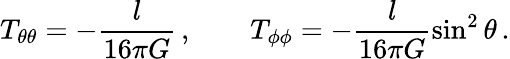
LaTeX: T_{\theta\theta}=-\frac{l}{16\pi G}\, ,\qquad T_{\phi\phi}=-\frac{l}{16\pi G}\sin^{2}\theta\, .